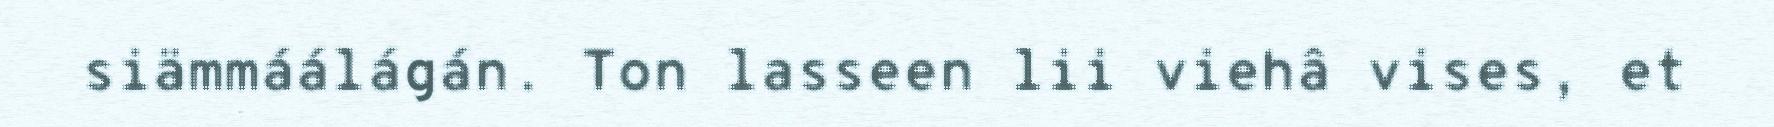
siämmáálágán. Ton lasseen lii viehâ vises, et